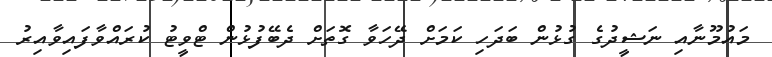
މައުމޫނާއި ނަޝީދުގެ ގުޅުން ބަދަހި ކަމަށް ދޭހަވާ ގޮތަށް ދެބޭފުޅުން ޓްވީޓު ކުރައްވާފައިވާއިރު